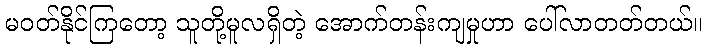
မဝတ်နိုင်ကြတော့ သူတို့မူလရှိတဲ့ အောက်တန်းကျမှုဟာ ပေါ်လာတတ်တယ်။